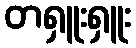
တရှူးရှူး